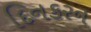
દિનકરન